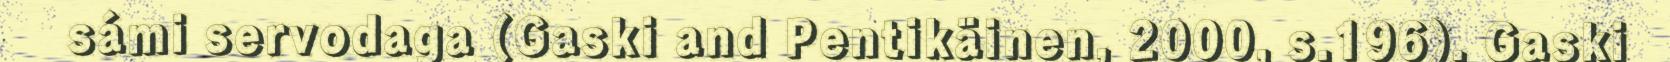
sámi servodaga (Gaski and Pentikäinen, 2000, s.196). Gaski